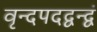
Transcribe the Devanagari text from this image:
वृन्दपदद्वन्द्वं